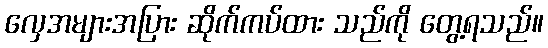
လှေအများအပြား ဆိုက်ကပ်ထား သည်ကို တွေ့ရသည်။